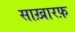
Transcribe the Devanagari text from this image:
साख़ारफ़